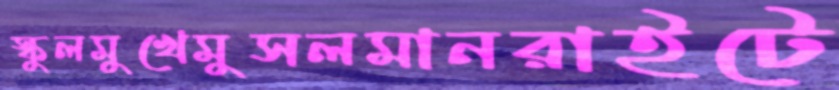
স্কুলমুখেমুসলমানরাইটে